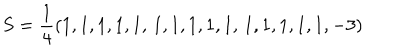
S = \frac 1 4 ( 1 , 1 , 1 , 1 , 1 , \, 1 , 1 , 1 , 1 , 1 , \, 1 , 1 , 1 , 1 , 1 , - 3 )